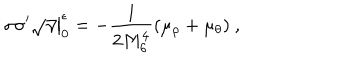
\sigma \sigma ^ { \prime } \sqrt { \gamma } \big | _ { 0 } ^ { \epsilon } = - \frac { 1 } { 2 M _ { 6 } ^ { 4 } } ( \mu _ { \rho } + \mu _ { \theta } ) ~ ,